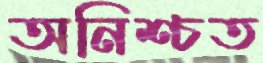
অনিশ্চত